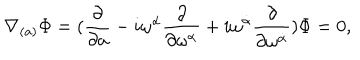
\nabla _ { ( a ) } \Phi = ( { \frac \partial { \partial a } } - i \omega ^ { \alpha } { \frac \partial { \partial \omega ^ { \alpha } } } + i \omega ^ { \dot { \alpha } } \frac { \partial } { \partial \omega ^ { \dot { \alpha } } } ) \Phi = 0 ,